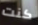
كنت